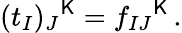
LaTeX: (t_{I})_{J}{}^{\mathsf{K}}=f_{IJ}{}^{\mathsf{K}}\, .